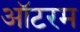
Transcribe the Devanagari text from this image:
ऑटरम